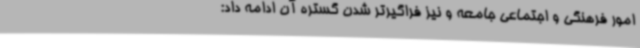
امور فرهنگی و اجتماعی جامعه و نیز فراگیرتر شدن گستره آن ادامه داد: